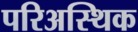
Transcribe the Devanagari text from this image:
परिअस्थिक